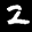
Label: 2